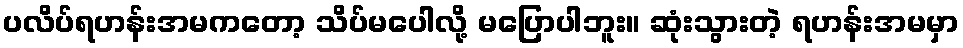
ပလိပ်ရဟန်းအမကတော့ သိပ်မပေါလို့ မပြောပါဘူး။ ဆုံးသွားတဲ့ ရဟန်းအမမှာ